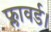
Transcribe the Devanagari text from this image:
फ्लावर्ड।